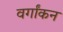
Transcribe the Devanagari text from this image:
वर्गांकन